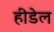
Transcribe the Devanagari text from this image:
हीडेल